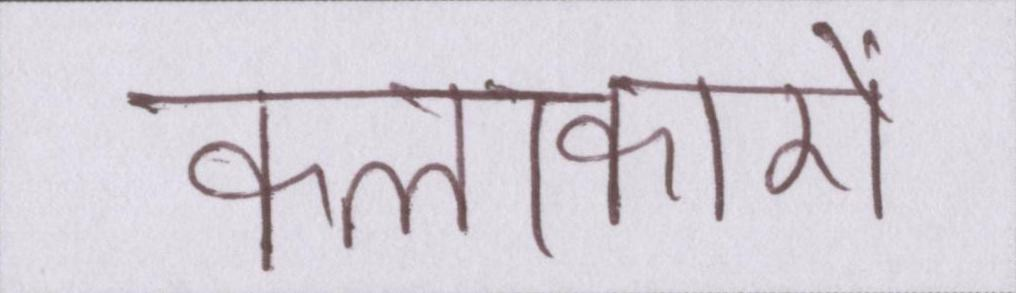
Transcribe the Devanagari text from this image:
कलाकारों